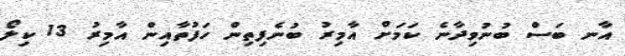
އާނ ބަސް ބުނުވިދާނެ ކަމަށް އާމިރު ބުނެފިތިން ހަފުތާއިން އާމިރު 13 ކިލޯ